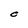
Character: C